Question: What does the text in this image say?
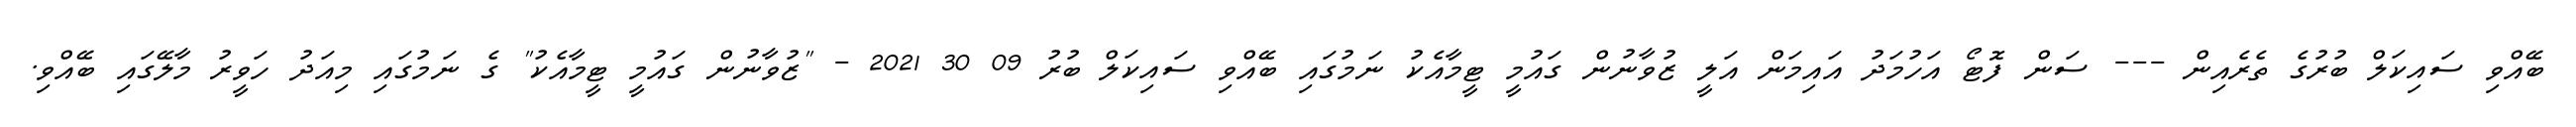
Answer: ބޭއްވި ސައިކަލް ބުރުގެ ތެރެއިން --- ސަން ފޮޓޯ އަހުމަދު އައިމަން އަލީ ޒުވާނުން ގައުމީ ޓީމާއެކު ނަމުގައި ބޭއްވި ސައިކަލް ބުރު 09 30 2021 - "ޒުވާނުން ގައުމީ ޓީމާއެކު" ގެ ނަމުގައި މިއަދު ހަވީރު މާލޭގައި ބޭއްވި.